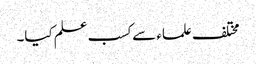
مختلف علماء سے کسب علم کیا۔